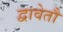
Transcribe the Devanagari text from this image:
द्वावेतौ